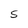
Character: S